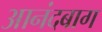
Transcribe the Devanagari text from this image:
आनंदबाग